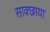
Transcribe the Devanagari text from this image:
साक्छाया